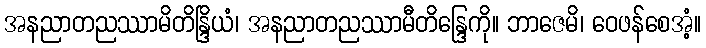
အနညာတညဿာမိတိန္ဒြိယံ၊ အနညာတညဿာမီတိန္ဒြေကို။ ဘာဇေမိ၊ ဝေဖန်စေအံ့။